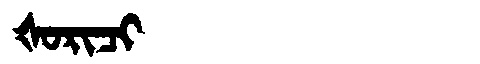
Manchu: ᡧᠣᡵᡳᠴᡳ
Romanization: ŠORICI